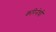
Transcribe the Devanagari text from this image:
करिनेची